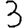
Digit: 3